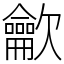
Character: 龡